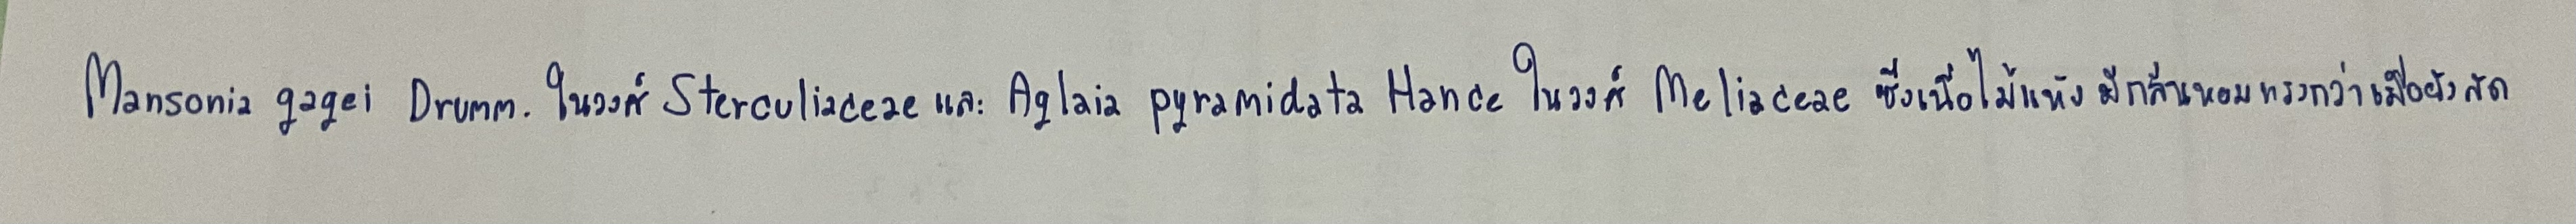
Mansonia gagei Drumm.ในวงศ์SterculiaceaeและAglaia pyramidata Hanceในวงศ์Meliaceaeซึ่งเนื้อไม้แห้งมีกลิ่นหอมแรงกว่าเมื่อยังสด